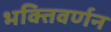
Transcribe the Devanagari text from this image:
भक्तिवर्णन